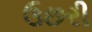
ઉછરી